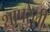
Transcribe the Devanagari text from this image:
शापरेली